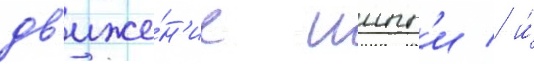
дв'иже́н'ие иипп'и / и́